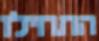
התחילו